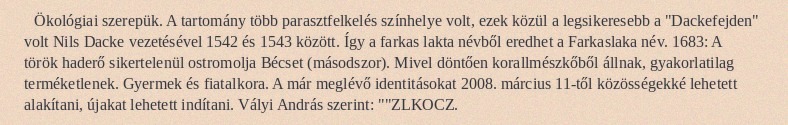
Ökológiai szerepük. A tartomány több parasztfelkelés színhelye volt, ezek közül a legsikeresebb a "Dackefejden" volt Nils Dacke vezetésével 1542 és 1543 között. Így a farkas lakta névből eredhet a Farkaslaka név. 1683: A török haderő sikertelenül ostromolja Bécset (másodszor). Mivel döntően korallmészkőből állnak, gyakorlatilag terméketlenek. Gyermek és fiatalkora. A már meglévő identitásokat 2008. március 11-től közösségekké lehetett alakítani, újakat lehetett indítani. Vályi András szerint: ""ZLKOCZ.